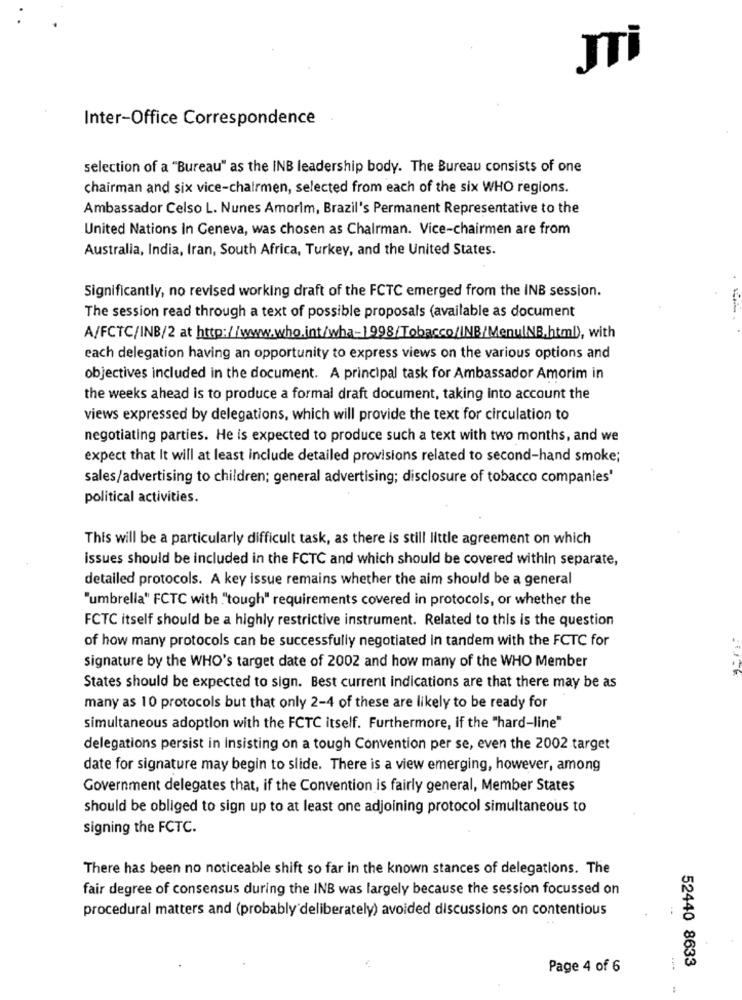
JTi
Inter-Office Correspondence
selection of a "Bureau" as the INB leadership body. The Bureau consists of one
chairman and six vice-chairmen, selected from each of the six WHO regions.
Ambassador Celso L. Nunes Amorim, Brazil's Permanent Representative to the
United Nations In Geneva, was chosen as Chairman. Vice-chairmen are from
Australia, India, Iran, South Africa, Turkey, and the United States.
Significantly, no revised working draft of the FCTC emerged from the INB session.
The session read through a text of possible proposals (available as document
A/FCTC/INB/2 at http://www.who.int/wha-1998/Tobacco/INB/MenuINB.html), with
each delegation having an opportunity to express views on the various options and
objectives included in the document. A principal task for Ambassador Amorim in
the weeks ahead is to produce a formal draft document, taking into account the
views expressed by delegations, which will provide the text for circulation to
negotiating parties. He is expected to produce such a text with two months, and we
expect that It will at least include detailed provisions related to second-hand smoke;
sales/advertising to children; general advertising; disclosure of tobacco companies'
political activities.
This will be a particularly difficult task, as there is still little agreement on which
issues should be included in the FCTC and which should be covered within separate,
detailed protocols. A key issue remains whether the aim should be a general
"umbrella" FCTC with ."tough" requirements covered in protocols, or whether the
FCTC itself should be a highly restrictive instrument. Related to this is the question
of how many protocols can be successfully negotiated In tandem with the FCTC for
signature by the WHO's target date of 2002 and how many of the WHO Member
States should be expected to sign. Best current indications are that there may be as
many as 10 protocols but that only 2-4 of these are likely to be ready for
simultaneous adoption with the FCTC itself. Furthermore, if the "hard-line"
delegations persist in Insisting on a tough Convention per se, even the 2002 target
date for signature may begin to slide. There is a view emerging, however, among
Government delegates that, if the Convention is fairly general, Member States
should be obliged to sign up to at least one adjoining protocol simultaneous to
signing the FCTC.
There has been no noticeable shift so far in the known stances of delegations. The
fair degree of consensus during the INB was largely because the session focussed on
procedural matters and (probably deliberately) avoided discussions on contentious
52440 8633
Page 4 of 6